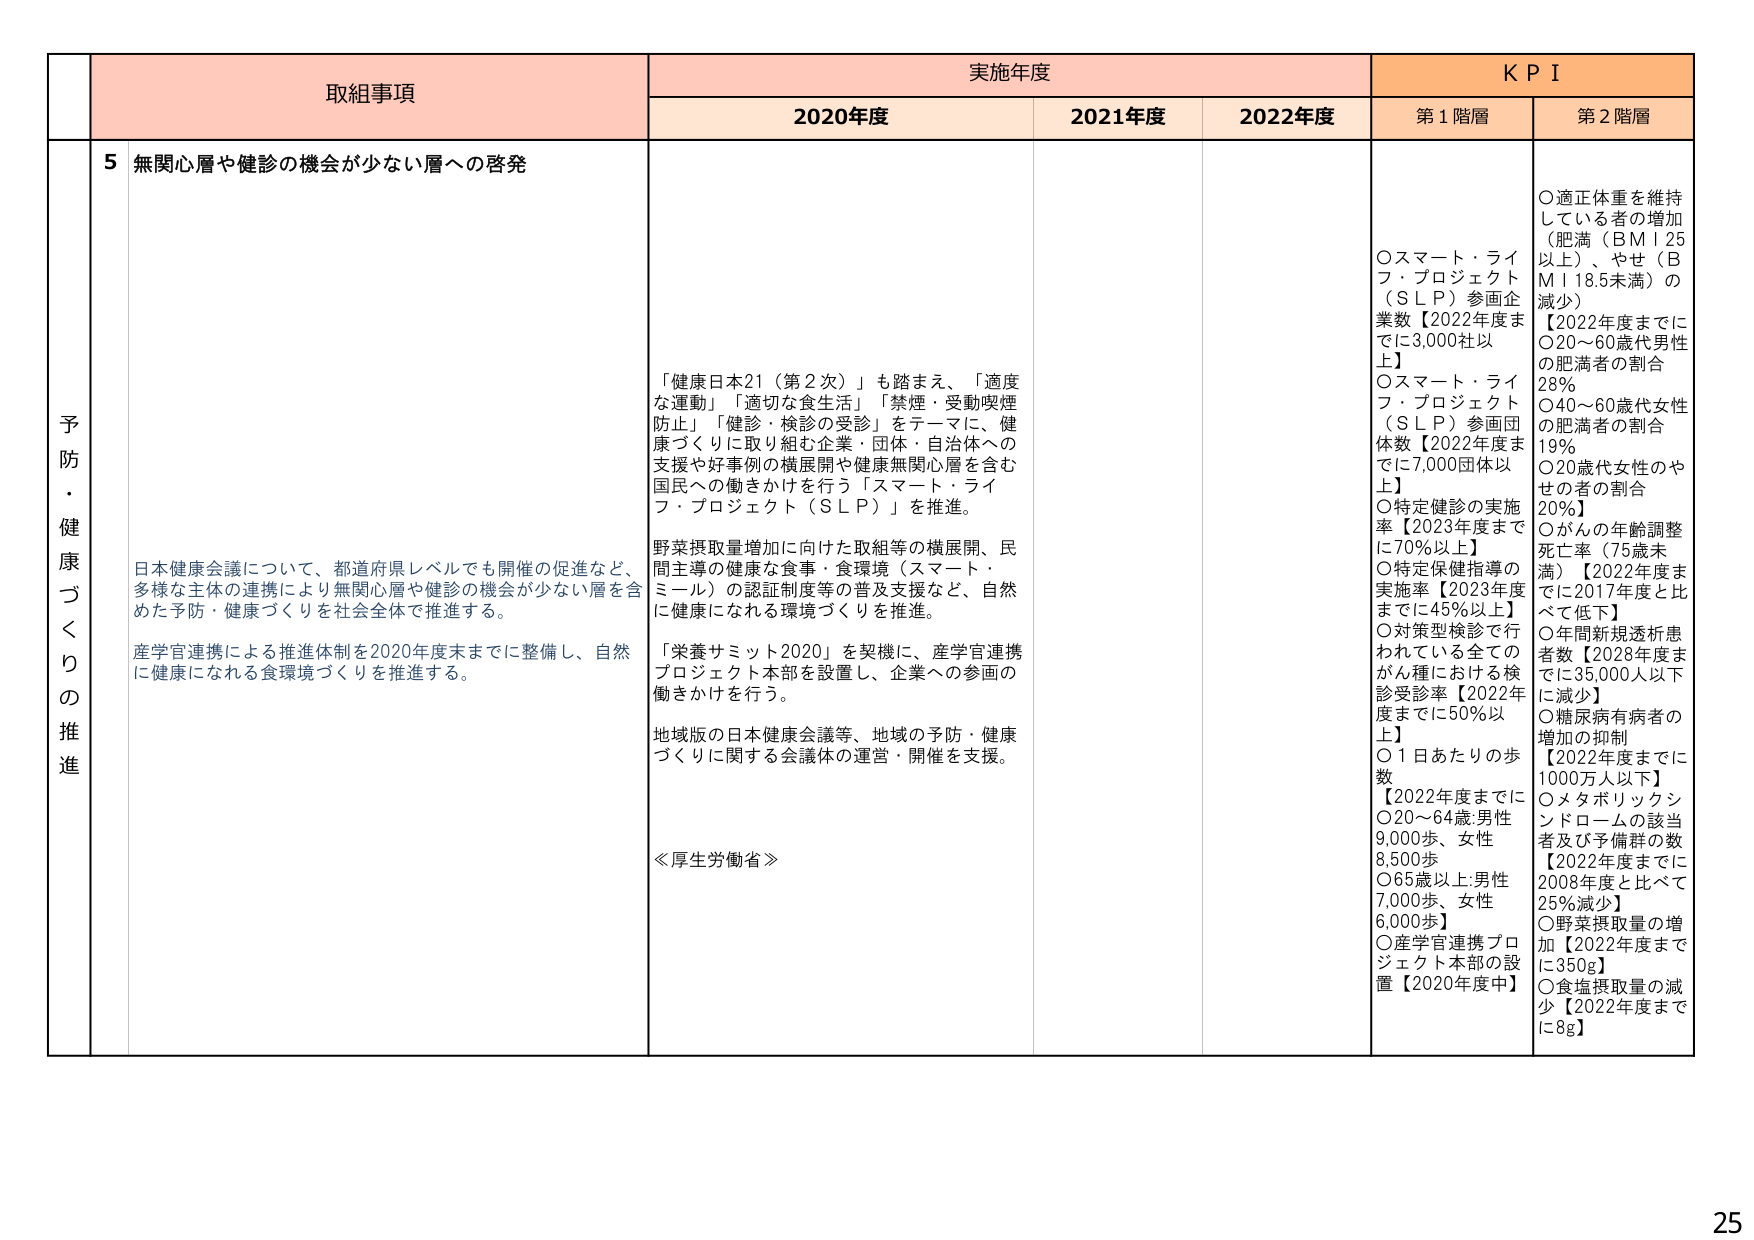
予防・健康づくりの推進

取組事項
5 無関心層や健診の機会が少ない層への啓発

日本健康会議について、都道府県レベルでも開催の促進など、
多様な主体の連携により無関心層や健診の機会が少ない層を含
めた予防・健康づくりを社会全体で推進する。

産学官連携による推進体制を2020年度末までに整備し、自然
に健康になれる食環境づくりを推進する。

「健康日本21（第2次）」も踏まえ、「適度
な運動」「適切な食生活」「禁煙・受動喫煙
防止」「健診・検診の受診」をテーマに、健
康づくりに取り組む企業・団体・自治体への
支援や好事例の横展開や健康無関心層を含む
国民への働きかけを行う「スマート・ライ
フ・プロジェクト（SLP）」を推進。

野菜摂取量増加に向けた取組等の横展開、民
間主導の健康な食事・食環境（スマート・
ミール）の認証制度等の普及支援など、自然
に健康になれる環境づくりを推進。

「栄養サミット2020」を契機に、産学官連携
プロジェクト本部を設置し、企業への参画の
働きかけを行う。

地域版の日本健康会議等、地域の予防・健康
づくりに関する会議体の運営・開催を支援。

≪厚生労働省≫

実施年度
2020年度
2021年度
2022年度

KPI
第1階層
〇スマート・ライフ・プロジェクト（SLP）参画企業数【2022年度までに3,000社以上】
〇スマート・ライフ・プロジェクト（SLP）参画団体数【2022年度までに7,000団体以上】
〇特定健診の実施率【2023年度までに70%以上】
〇特定保健指導の実施率【2023年度までに45%以上】
〇対策型検診で行われている全てのがん種における検診受診率【2022年度までに50%以上】
〇1日あたりの歩数【2022年度までに〇20～64歳:男性9,000歩、女性8,500歩〇65歳以上:男性7,000歩、女性6,000歩】
〇産学官連携プロジェクト本部の設置【2020年度中】

第2階層
〇適正体重を維持している者の増加（肥満（BMI 25以上）、やせ（BMI 18.5未満）の減少）
【2022年度までに〇20～60歳代男性の肥満者の割合28%〇40～60歳代女性の肥満者の割合19%〇20歳代女性のやせの者の割合20%】
〇がんの年齢調整死亡率（75歳未満）【2022年度までに2017年度と比べて低下】
〇年間新規透析患者数【2028年度までに35,000人以下に減少】
〇糖尿病有病者の増加の抑制【2022年度までに1000万人以下】
〇メタボリックシンドロームの該当者及び予備群の数【2022年度までに2008年度と比べて25%減少】
〇野菜摂取量の増加【2022年度までに350g】
〇食塩摂取量の減少【2022年度までに8g】

25